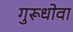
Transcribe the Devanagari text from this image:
गुरूधोवा